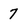
Character: 7